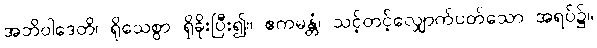
အဘိဝါဒေတိ၊ ရိုသေစွာ ရှိခိုးပြီး၍။ ဧကမန္တံ၊ သင့်တင့်လျှောက်ပတ်သော အရပ်၌။